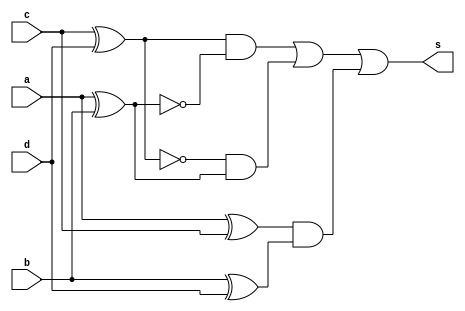
// ---------------------------
// -- Exemplo0024 DIFERENCA
// -- Alexandre Palmieri Sad
// -- 440265
// ---------------------------

// ----------------------------------------------
// -- Exemplo0024 DIFERENCA
// ----------------------------------------------

// ----------------------------------------------
// -- COMPARADOR DE 2 BITS
// ----------------------------------------------
module comparador2Bits(s, a, b, c, d);
	output s;
	input  a;
	input  b;
	input  c;
	input  d;
	
	wire x0, x1, x2, x3, x4, x5;
	wire y0, y1;
	wire s0, s1;

	xor 	A(x0, c, d);
	xnor 	B(x1, a, b);
	xnor 	C(x2, c, d);
	xor 	D(x3, a, b);
	xor 	E(x4, a, c);
	xor 	F(x5, b, d);
	and 	G(y0, x0, x1);
	and 	H(y1, x2, x3);
	and 	I(s0, x4, x5);
	or 	J(s1, y0, y1);
	or 	K(s, s1, s0);
endmodule

// ----------------------------------------------
// -- COMPARADOR DE 4 BITS
// ----------------------------------------------
module comparador4Bits(s, a, b);
	output s;
	input  [3:0]a;
	input  [3:0]b;
	
	wire s0, s1;
	
	comparador2Bits A(s0, a[3], a[2], b[3], b[2]);
	comparador2Bits B(s1, a[1], a[0], b[1], b[0]);
	or					 C(s, s0, s1);
endmodule

// ----------------------------------------------
// -- MODULO DE TESTES
// ----------------------------------------------
module testeDiferenca4Bits;
	reg  [3:0]a;
	reg  [3:0]b;
	wire s;
	
	comparador4Bits C(s, a, b);
	
	initial begin:start
		a = 4'b0000;
		b = 4'b0000;
	end
	
	initial begin
		$display("Comaparador de Bits Diferentes");
		$display("Alexandre Palmieri Sad - 440265");
		$display("Legenda:");
		$display("1 - Diferentes");
		$display("0 - Iguais");
		$display("-------------------------");
		
		$monitor("%4b == %4b -> %b", a, b, s);
		
	#1
		a = 4'b0001; b = 4'b0001;
	#1
		a = 4'b0001; b = 4'b0000;	
	#1
		a = 4'b0001; b = 4'b0010;
	#1
		a = 4'b0001; b = 4'b0011;
	#1
		a = 4'b0001; b = 4'b0100;
	#1
		a = 4'b0001; b = 4'b0101;
	#1
		a = 4'b0001; b = 4'b0110;
	#1
		a = 4'b0001; b = 4'b0111;
	#1
		a = 4'b0001; b = 4'b1000;
// -- 8		
	#1
		a = 4'b0010; b = 4'b0001;
	#1
		a = 4'b0010; b = 4'b0000;	
	#1
		a = 4'b0010; b = 4'b0010;
	#1
		a = 4'b0010; b = 4'b0011;
	#1
		a = 4'b0010; b = 4'b0100;
	#1
		a = 4'b0010; b = 4'b0101;
	#1
		a = 4'b0010; b = 4'b0110;
	#1
		a = 4'b0010; b = 4'b0111;
	#1
		a = 4'b0010; b = 4'b1000;
// -- 16		
	#1
		a = 4'b0011; b = 4'b0001;
	#1
		a = 4'b0011; b = 4'b0000;	
	#1
		a = 4'b0011; b = 4'b0010;
	#1
		a = 4'b0011; b = 4'b0011;
	#1
		a = 4'b0011; b = 4'b0100;
	#1
		a = 4'b0011; b = 4'b0101;
	#1
		a = 4'b0011; b = 4'b0110;
	#1
		a = 4'b0011; b = 4'b0111;
	#1
		a = 4'b0011; b = 4'b1000;
// -- 32		
	#1
		a = 4'b0100; b = 4'b0001;
	#1
		a = 4'b0100; b = 4'b0000;	
	#1
		a = 4'b0100; b = 4'b0010;
	#1
		a = 4'b0100; b = 4'b0011;
	#1
		a = 4'b0100; b = 4'b0100;
	#1
		a = 4'b0100; b = 4'b0101;
	#1
		a = 4'b0100; b = 4'b0110;
	#1
		a = 4'b0100; b = 4'b0111;
	#1
		a = 4'b0100; b = 4'b1000;
	#1
		a = 4'b1111; b = 4'b1111;		
	end
endmodule